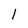
Character: l